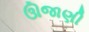
ઊજાણી